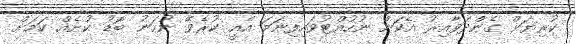
ކުރިޔަށް ގެންދަވާއިރު އެކަން ނުހުއްޓުވައިފިނަމަ އެއީ ކުރެވޭ ނުހަނު ބޮޑު ކުށެއް ކަމަށް